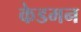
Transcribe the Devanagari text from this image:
केडमन